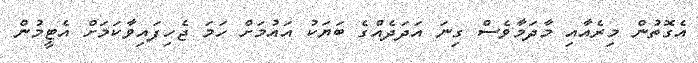
އެގޮތުން މިރެއާއި މާދަމާވެސް ގިނަ އަދަދެއްގެ ބަޔަކު އައުމަށް ހަމަ ޖެހިފައިވާކަމަށް އެޓީމުން